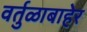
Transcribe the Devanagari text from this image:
वर्तुळाबाहेर